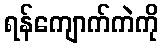
ရန်ကျောက်ကဲကို